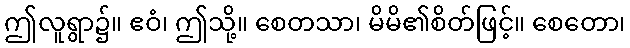
ဤလူရွာ၌။ ဧဝံ၊ ဤသို့။ စေတသာ၊ မိမိ၏စိတ်ဖြင့်။ စေတော၊